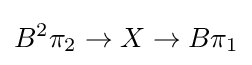
B^{2}\pi _{2}\to X\to B\pi _{1}